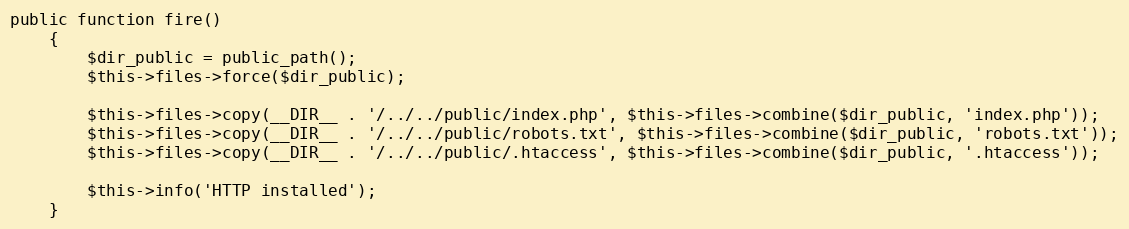
Language: PHP
public function fire()
    {
        $dir_public = public_path();
        $this->files->force($dir_public);

        $this->files->copy(__DIR__ . '/../../public/index.php', $this->files->combine($dir_public, 'index.php'));
        $this->files->copy(__DIR__ . '/../../public/robots.txt', $this->files->combine($dir_public, 'robots.txt'));
        $this->files->copy(__DIR__ . '/../../public/.htaccess', $this->files->combine($dir_public, '.htaccess'));

        $this->info('HTTP installed');
    }